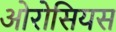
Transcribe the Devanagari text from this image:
ओरोसियस